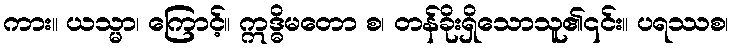
ကား။ ယသ္မာ၊ ကြောင့်။ ဣဒ္ဓိမတော စ၊ တန်ခိုးရှိသောသူ၏၎င်း။ ပရဿစ၊